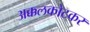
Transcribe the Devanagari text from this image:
अक्कलकोटकर